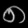
Digit: ၈